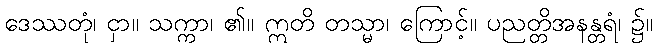
ဒေဿတုံ၊ ငှာ။ သက္ကာ၊ ၏။ ဣတိ တသ္မာ၊ ကြောင့်။ ပညတ္တိအနန္တရံ၊ ၌။